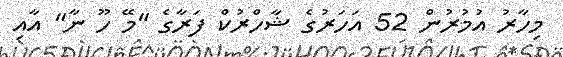
މިހާރު އުމުރުން 52 އަހަރުގެ ޝާހްރުކް ފަރާގެ "މޭ ހޫ ނާ" އާއި